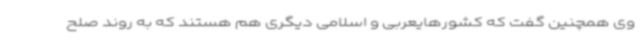
وی همچنین گفت که کشورهایعربی و اسلامی دیگری هم هستند که به روند صلح